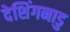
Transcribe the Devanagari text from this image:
देशिंगनाडु